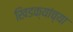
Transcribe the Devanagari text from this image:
खिडक्यांच्या